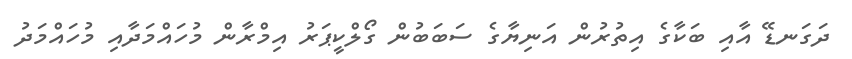
ދަގަނޑޭ އާއި ބަކާގެ އިތުރުން އަނިޔާގެ ސަބަބުން ގޯލްކީޕަރު އިމްރާން މުހައްމަދާއި މުހައްމަދު